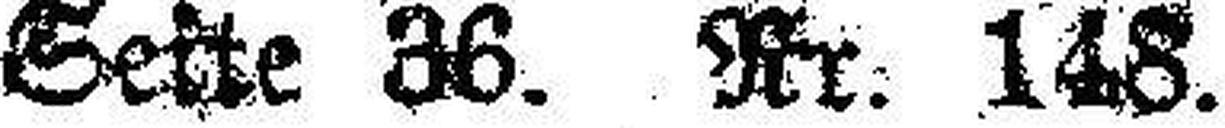
Seite 36. Nr. 148.